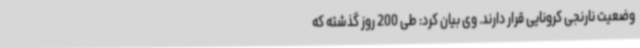
وضعیت نارنجی کرونایی قرار دارند. وی بیان کرد: طی 200 روز گذشته که